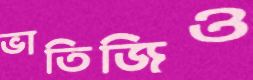
ভাতিজিও